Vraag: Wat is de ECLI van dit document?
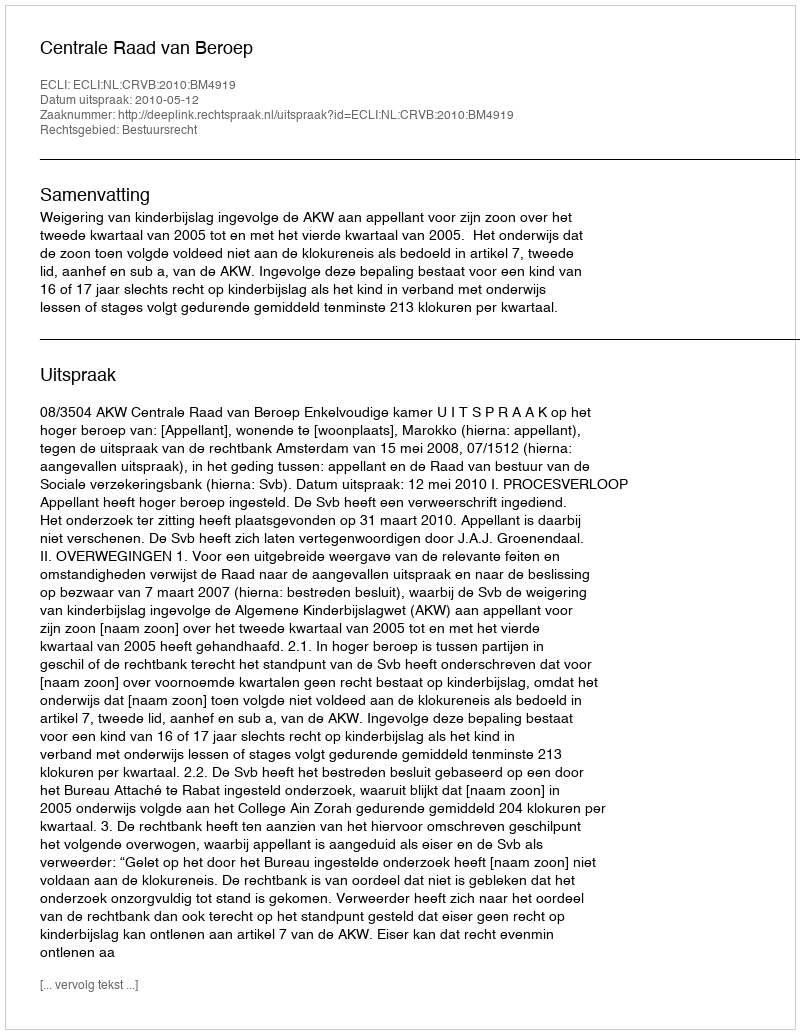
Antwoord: ECLI:NL:CRVB:2010:BM4919